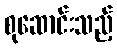
စုဆောင်းသည့်